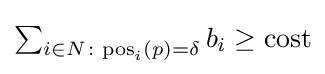
\textstyle \sum _{i\in N\colon \mathrm {pos} _{i}(p)=\delta }b_{i}\geq \mathrm {cost}